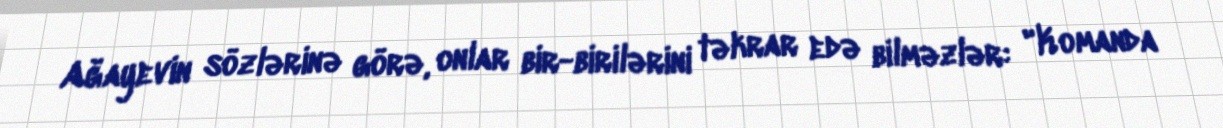
Ağayevin sözlərinə görə, onlar bir-birilərini təkrar edə bilməzlər: "Komanda